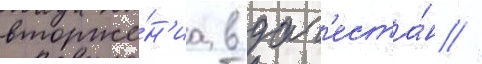
вторже́н'иа в даг'еста́н //